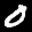
Label: 0